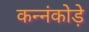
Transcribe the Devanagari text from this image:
कन्नंकोड़े